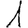
Digit: 1